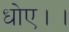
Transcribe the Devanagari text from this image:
धोए।।